Indian journal of veterinary science and animal husbandry - Volumes 18-21, 1948-1951
Year: 1948
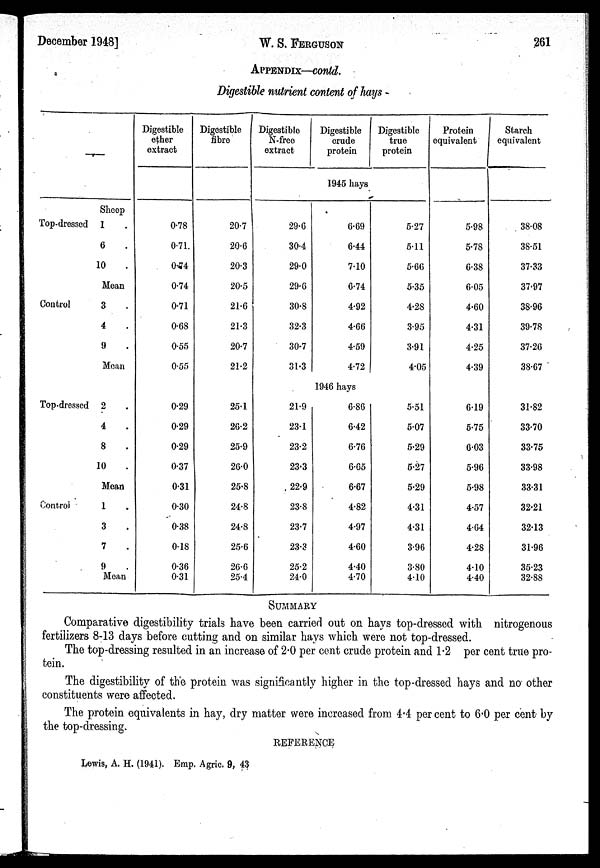
December 1948]
W. S.
FERGUSON
261
APPENDIX—contd.
Digestible nutrient content of hays
—
Sheep
Top-dressed 1 .
6 .
10 .
Mean
Control
3 .
4 .
9 .
Mean
Top-dressed 2 .
4 .
8 .
10 .
Mean
Control
1 .
3 .
7 .
9 .
Mean
Digestible
ether
extract
0.78
0.71
0. 74
0.74
0.71
0.68
0.55
0.55
0.29
0.29
0.29
0.37
0.31
0.30
0.38
0.18
0.36
0.31
Digestible
fibre
20.7
20.6
20.3
20.5
21.6
21.3
20.7
21.2
25.1
26.2
25.9
26.0
25.8
24.8
24.8
25.6
26.6
25.4
Digestible
N-free
extract
Digestible
crude
protein
Digestible
true
protein
1945 hays
29.6
30.4
29.0
29.6
30.8
32.3
30.7
31.3
21.9
23.1
23.2
23.3
22.9
23.8
23.7
23.3
25.2
24.0
6.69
6.44
7.10
6.74
4.92
4.66
4.59
4.72
1946 hays
6.86
6.42
6.76
6.65
6.67
4.82
4.97
4.60
4.40
4.70
5.27
5.11
5.66
5.35
4.28
3.95
3.91
4.05
5.51
5.07
5.29
5.27
5.29
4.31
4.31
3.96
3.80
4.10
Protein
equivalent
5.98
5.78
6.38
6.05
4.60
4.31
4.25
4.39
6.19
5.75
6.03
5.96
5.98
4.57
4.64
4.28
4.10
4.40
Starch
equivalent
38.08
38.51
37.33
37.97
38.96
39.78
37.26
38.67
31.82
33.70
33.75
33.98
33.31
32.21
32.13
31.96
35.23
32.88
SUMMARY
Comparative digestibility trials have been carried out on hays top-dressed with nitrogenous
fertilizers 8-13 days before cutting and on similar hays which were not top-dressed.
The top-dressing resulted in an increase of 2.0 per cent crude protein and 1.2 per cent true pro-
tein.
The digestibility of the protein was significantly higher in the top-dressed hays and no other
constituents were affected.
The protein equivalents in hay, dry matter were increased from 4.4 per cent to 6.0 per cent by
the top-dressing.
REFERENCE
Lewis, A. H. (1941). Emp. Agric. 9, 43